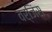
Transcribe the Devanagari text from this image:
वर्जिंस